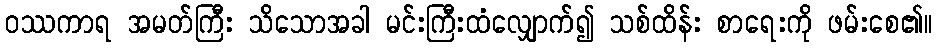
ဝဿကာရ အမတ်ကြီး သိသောအခါ မင်းကြီးထံလျှောက်၍ သစ်ထိန်း စာရေးကို ဖမ်းစေ၏။